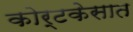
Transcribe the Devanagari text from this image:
कोर्टकेसात